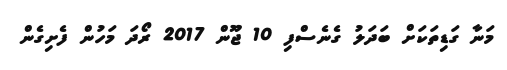
މަނާ ގަޑިތަކަށް ބަދަލު ގެނެސްފި 10 ޖޫން 2017 ރޯދަ މަހުން ފެށިގެން